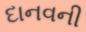
દાનવની